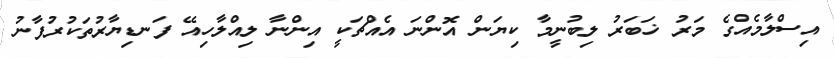
އިސްލާމެއްގެ މަރު ޚަބަރު ލިބުނީމާ ކިޔަން އޮންނަ އެއްޗަކީ އިންނާ ލިއްލާހިއޭ ފަނޑިޔާރުތަކުރުފާނު